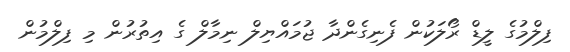
ފިލްމުގެ ލީޑް ރޯލަކުން ފެނިގެންދާ ޖުމައްޔިލް ނިމާލް ގެ އިތުރުން މި ފިލްމުން